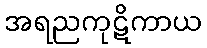
အရညကုဋိကာယ